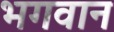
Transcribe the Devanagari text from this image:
भ्‍ागवान